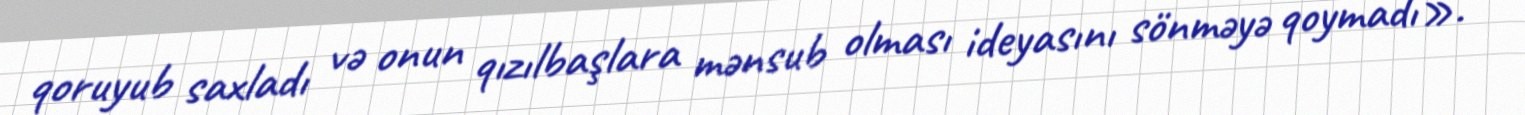
qoruyub saxladı və onun qızılbaşlara mənsub olması ideyasını sönməyə qoymadı».